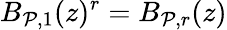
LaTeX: B_{\mathcal{P},1}(z)^{r}=B_{\mathcal{P},r}(z)